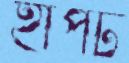
হাপট